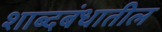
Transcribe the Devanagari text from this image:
शाब्दबंधातील